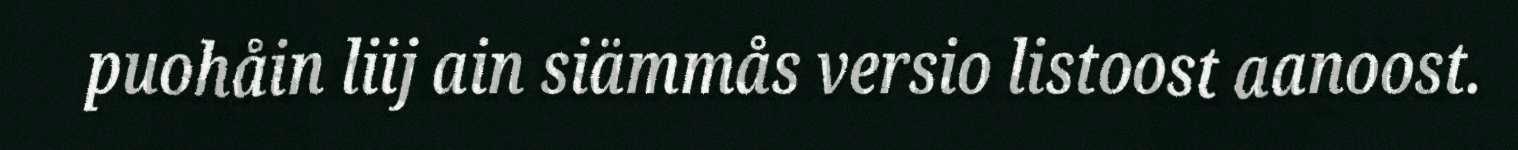
puohåin liij ain siämmås versio listoost aanoost.